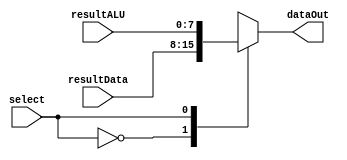
module multiplexer2In(resultData,resultALU,select,dataOut);

input [7:0] resultData;
input [7:0] resultALU;
input select;

output reg [7:0] dataOut;

always @(*) begin
	case(select)
		1'b0: dataOut = resultData;
		1'b1: dataOut = resultALU;
	endcase
end

endmodule